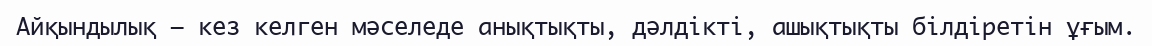
Айқындылық — кез келген мәселеде анықтықты, дәлдікті, ашықтықты білдіретін ұғым.